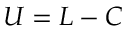
U = L - C